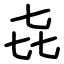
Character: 㐂